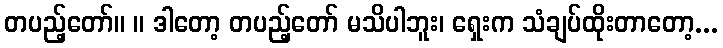
တပည့်တော်။ ။ ဒါတော့ တပည့်တော် မသိပါဘူး၊ ရှေးက သံချပ်ထိုးတာတော့...